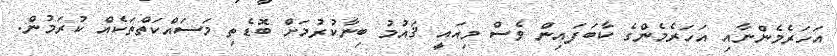
އަހަރެމެންނާއި އަހަރެމެންގެ ކާބަފައިން ވެސް މިއައީ ޤައުމު ބިނާކުރުމަށް ބޮޑެތި މަސައްކަތްތަކެއް ކުރަމުން.